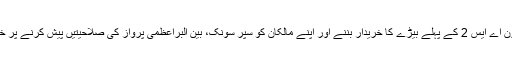
ہمیں ایریون اے ایس 2 کے پہلے بیڑے کا خریدار بننے اور اپنے مالکان کو سپر سونک، بین البراعظمی پرواز کی صلاحیتیں پیش کرنے پر خوشی ہے۔